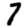
Digit: 7